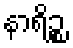
နာရိဉ္စ